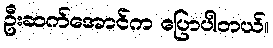
ဦးဆက်အောင်က ပြောပါတယ်။